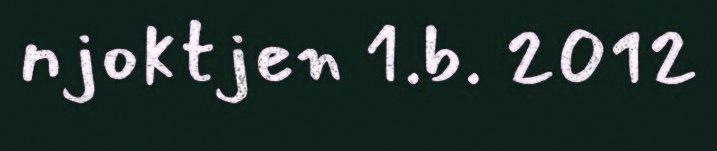
njoktjen 1.b. 2012